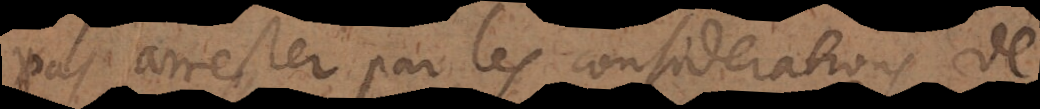
pas arrester par les considerations de